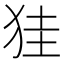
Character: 𤞇